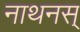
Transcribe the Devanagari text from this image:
नाथनस्